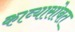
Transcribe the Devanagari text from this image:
काव्यासोबत